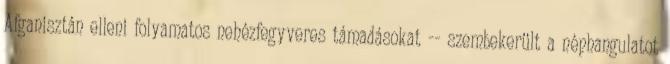
Afganisztán elleni folyamatos nehézfegyveres támadásokat -- szembekerült a néphangulatot